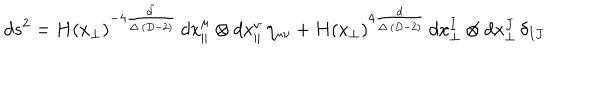
LaTeX: d s ^ { 2 } = H ( x _ { \perp } ) ^ { - 4 \frac { \tilde { d } } { \Delta \, ( D - 2 ) } } \, d x _ { \parallel } ^ { \mu } \otimes d x _ { \parallel } ^ { \nu } \, \eta _ { \mu \nu } + H ( x _ { \perp } ) ^ { 4 \frac { d } { \Delta \, ( D - 2 ) } } \, d x _ { \perp } ^ { I } \otimes d x _ { \perp } ^ { J } \, \delta _ { I J }